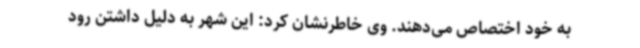
به خود اختصاص می‌دهند. وی خاطرنشان کرد: این شهر به دلیل داشتن رود